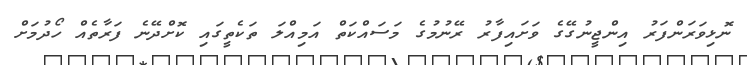
ނޮޅިވަރަންފަރު އިންޖީނުގޭގެ ވަށައިފާރު ރޭނުމުގެ މަސައްކަތް އަމިއްލަ ތަކެތީގައި ކޮށްދޭނެ ފަރާތެއް ހޯދުމަށް